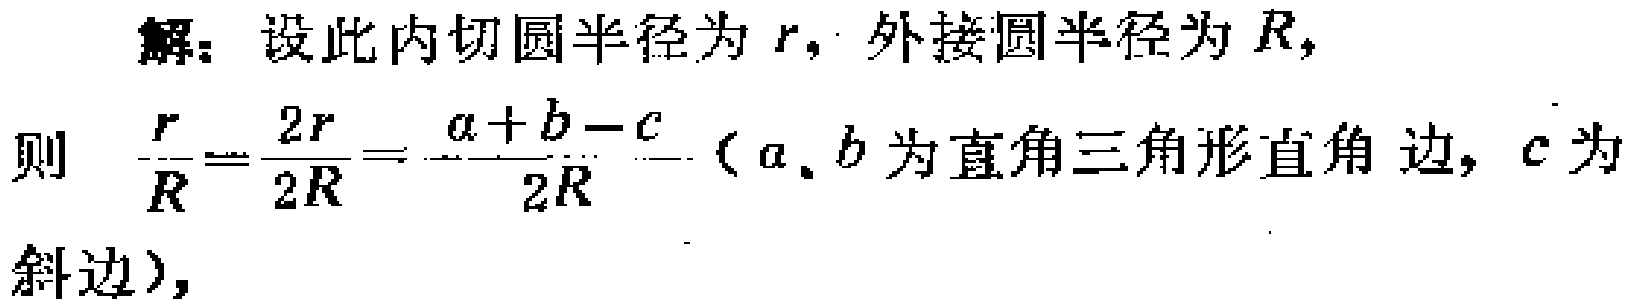
解：设此内切圆半径为 \(r\)，外接圆半径为 \(R\)，
则 \(\frac{r}{R}=\frac{2r}{2R}=\frac{a + b - c}{2R}\)（\(a\)、\(b\) 为直角三角形直角边，\(c\) 为
斜边），